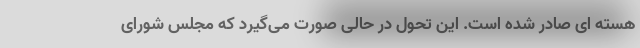
هسته ای صادر شده است. این تحول در حالی صورت می‌گیرد که مجلس شورای